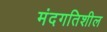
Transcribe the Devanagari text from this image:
मंदगतिशील